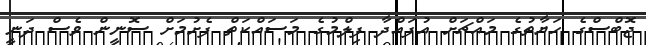
ޖޮބްސްގެ ހަޔާތުގެ މައްޗަށް އުފައްދާ ފިލްމުގެ މަސައްކަތް ފެށުމަށް ސޮނީން ވެސް ދަނީ